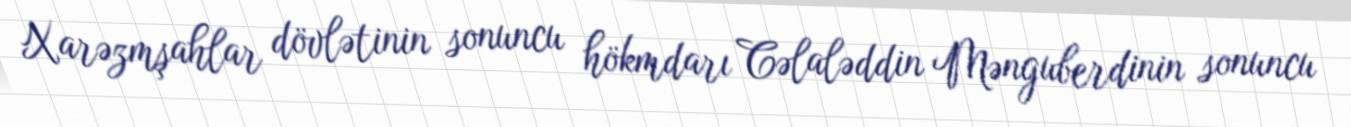
Xarəzmşahlar dövlətinin sonuncu hökmdarı Cəlaləddin Mənguberdinin sonuncu